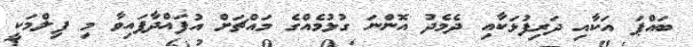
ބައްޕަ އަކާއި ދަރިފުޅަކާއި ދެމެދު އޮންނަ ގުޅުމެއްގެ މައްޗަށް އުފައްދާފައިވާ މި ފިލްމަކީ